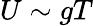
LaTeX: U\sim gT